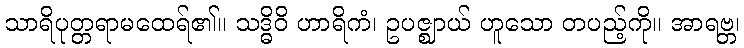
သာရိပုတ္တရာမထေရ်၏။ သဒ္ဓိဝိ ဟာရိကံ၊ ဥပဇ္ဈာယ် ဟူသော တပည့်ကို။ အာရဗ္ဘ၊